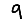
Digit: 9